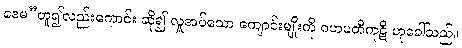
ဒေမ”ဟူ၍လည်းကောင်း ဆို၍ လှူအပ်သော ကျောင်းမျိုးကို ဂဟပတိကုဋိ ဟုခေါ်သည်။